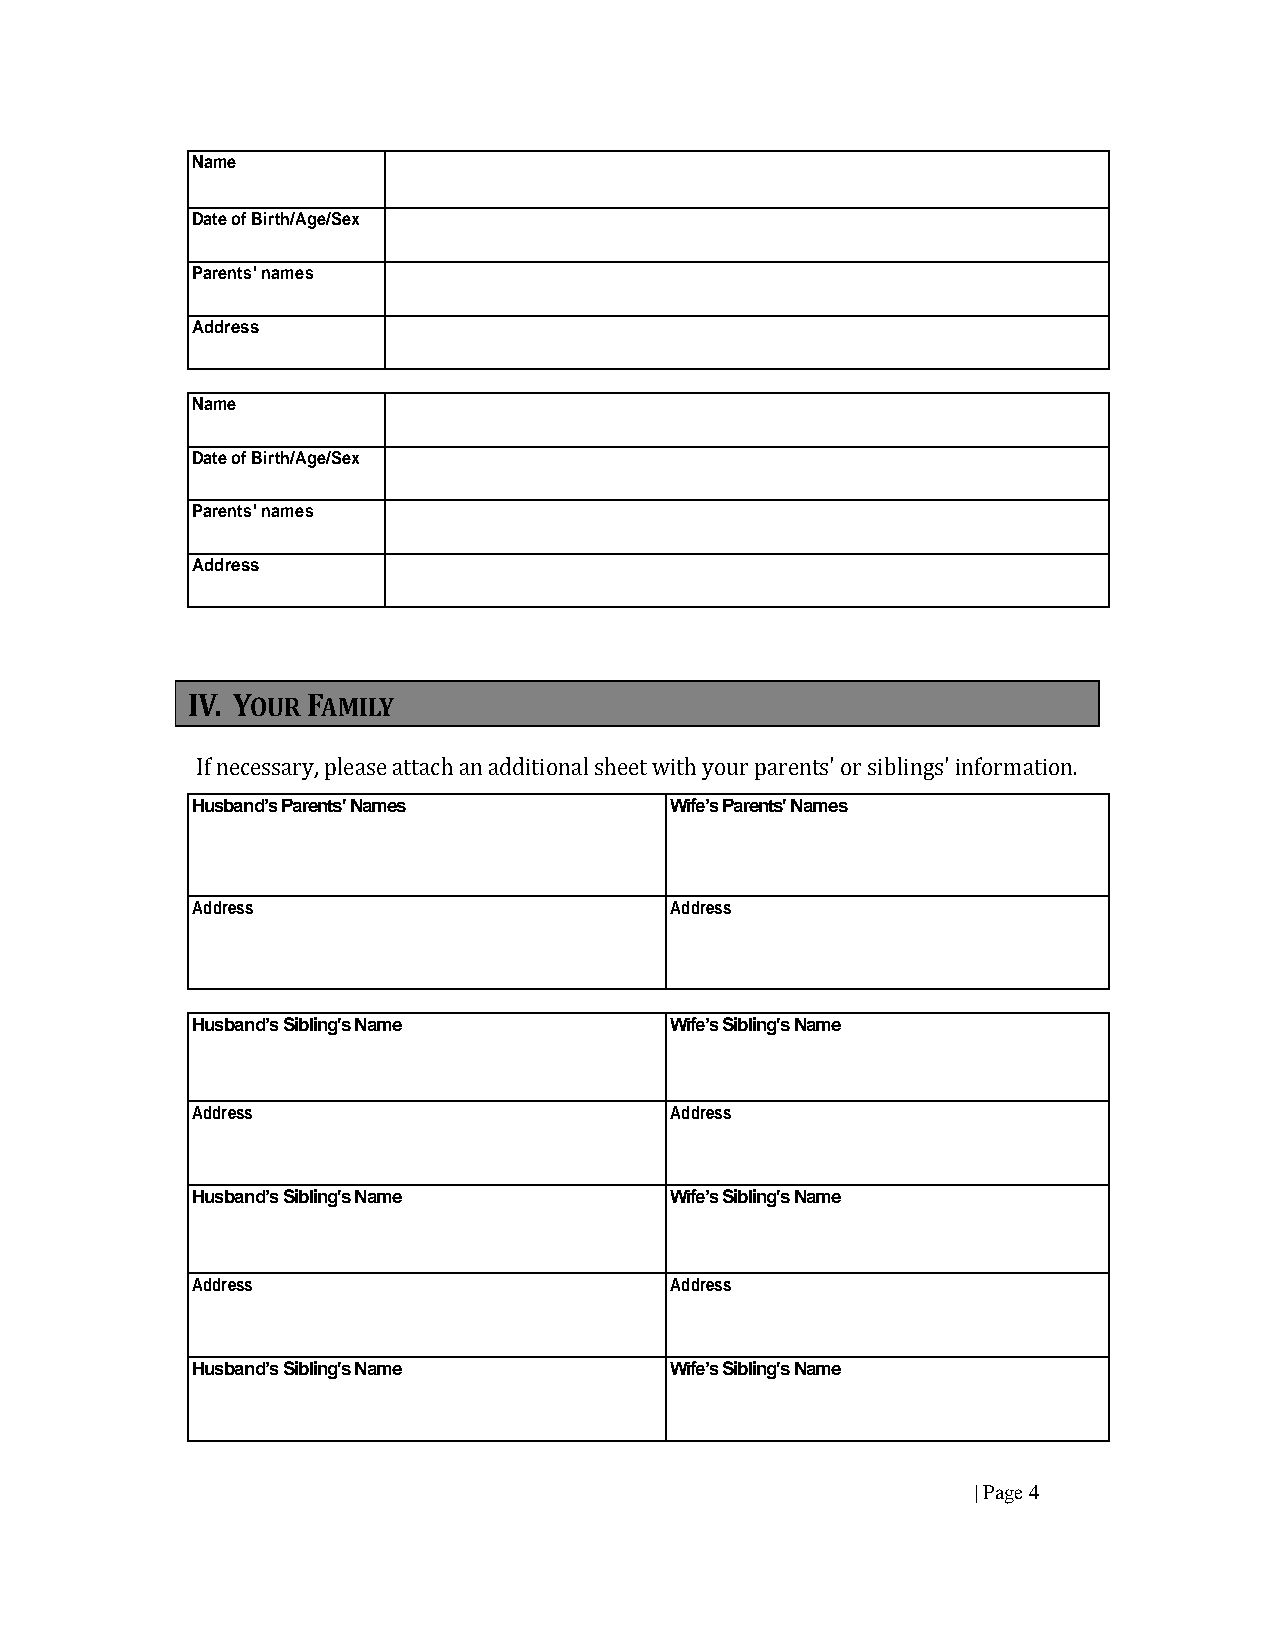
Name
 Date of Birth/Age/Sex
 Parents' names
 Address
 Name
 Date of Birth/Age/Sex
 Parents' names
 Address
 IV. YOUR FAMILY
 If necessary, please attach an additional sheet with your parents' or siblings' information.
 Husband’s Parents' Names       Wife’s Parents' Names
 Address                        Address
 Husband’s Sibling's Name       Wife’s Sibling's Name
 Address                        Address
 Husband’s Sibling's Name       Wife’s Sibling's Name
 Address                        Address
 Husband’s Sibling's Name       Wife’s Sibling's Name
 | Page 4